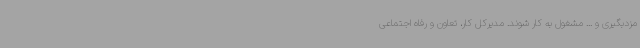
مزدبگیری و ... مشغول به کار شوند. مدیرکل کار، تعاون و رفاه اجتماعی